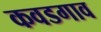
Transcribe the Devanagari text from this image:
कवडगाव